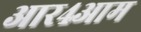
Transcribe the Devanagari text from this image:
आर४आम